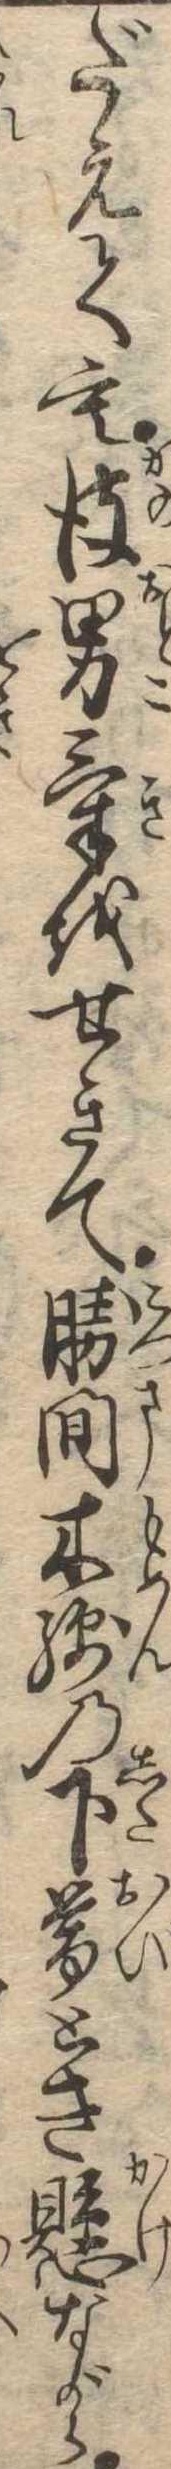
だえても彼男気をせきて勝間木綿の下帯とき懸ながら